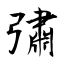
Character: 彇